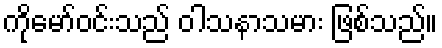
ကိုမော်ဝင်းသည် ဝါသနာသမား ဖြစ်သည်။